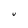
Character: U